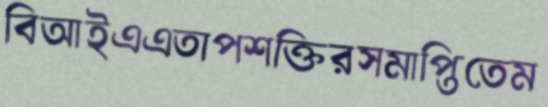
বিআইএএতাপশক্তিরসমাপ্তিতেম